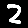
Digit: 2